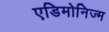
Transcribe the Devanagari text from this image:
एडिमोनिज्म